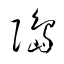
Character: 﨩